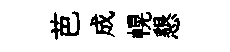
芭成幌懇